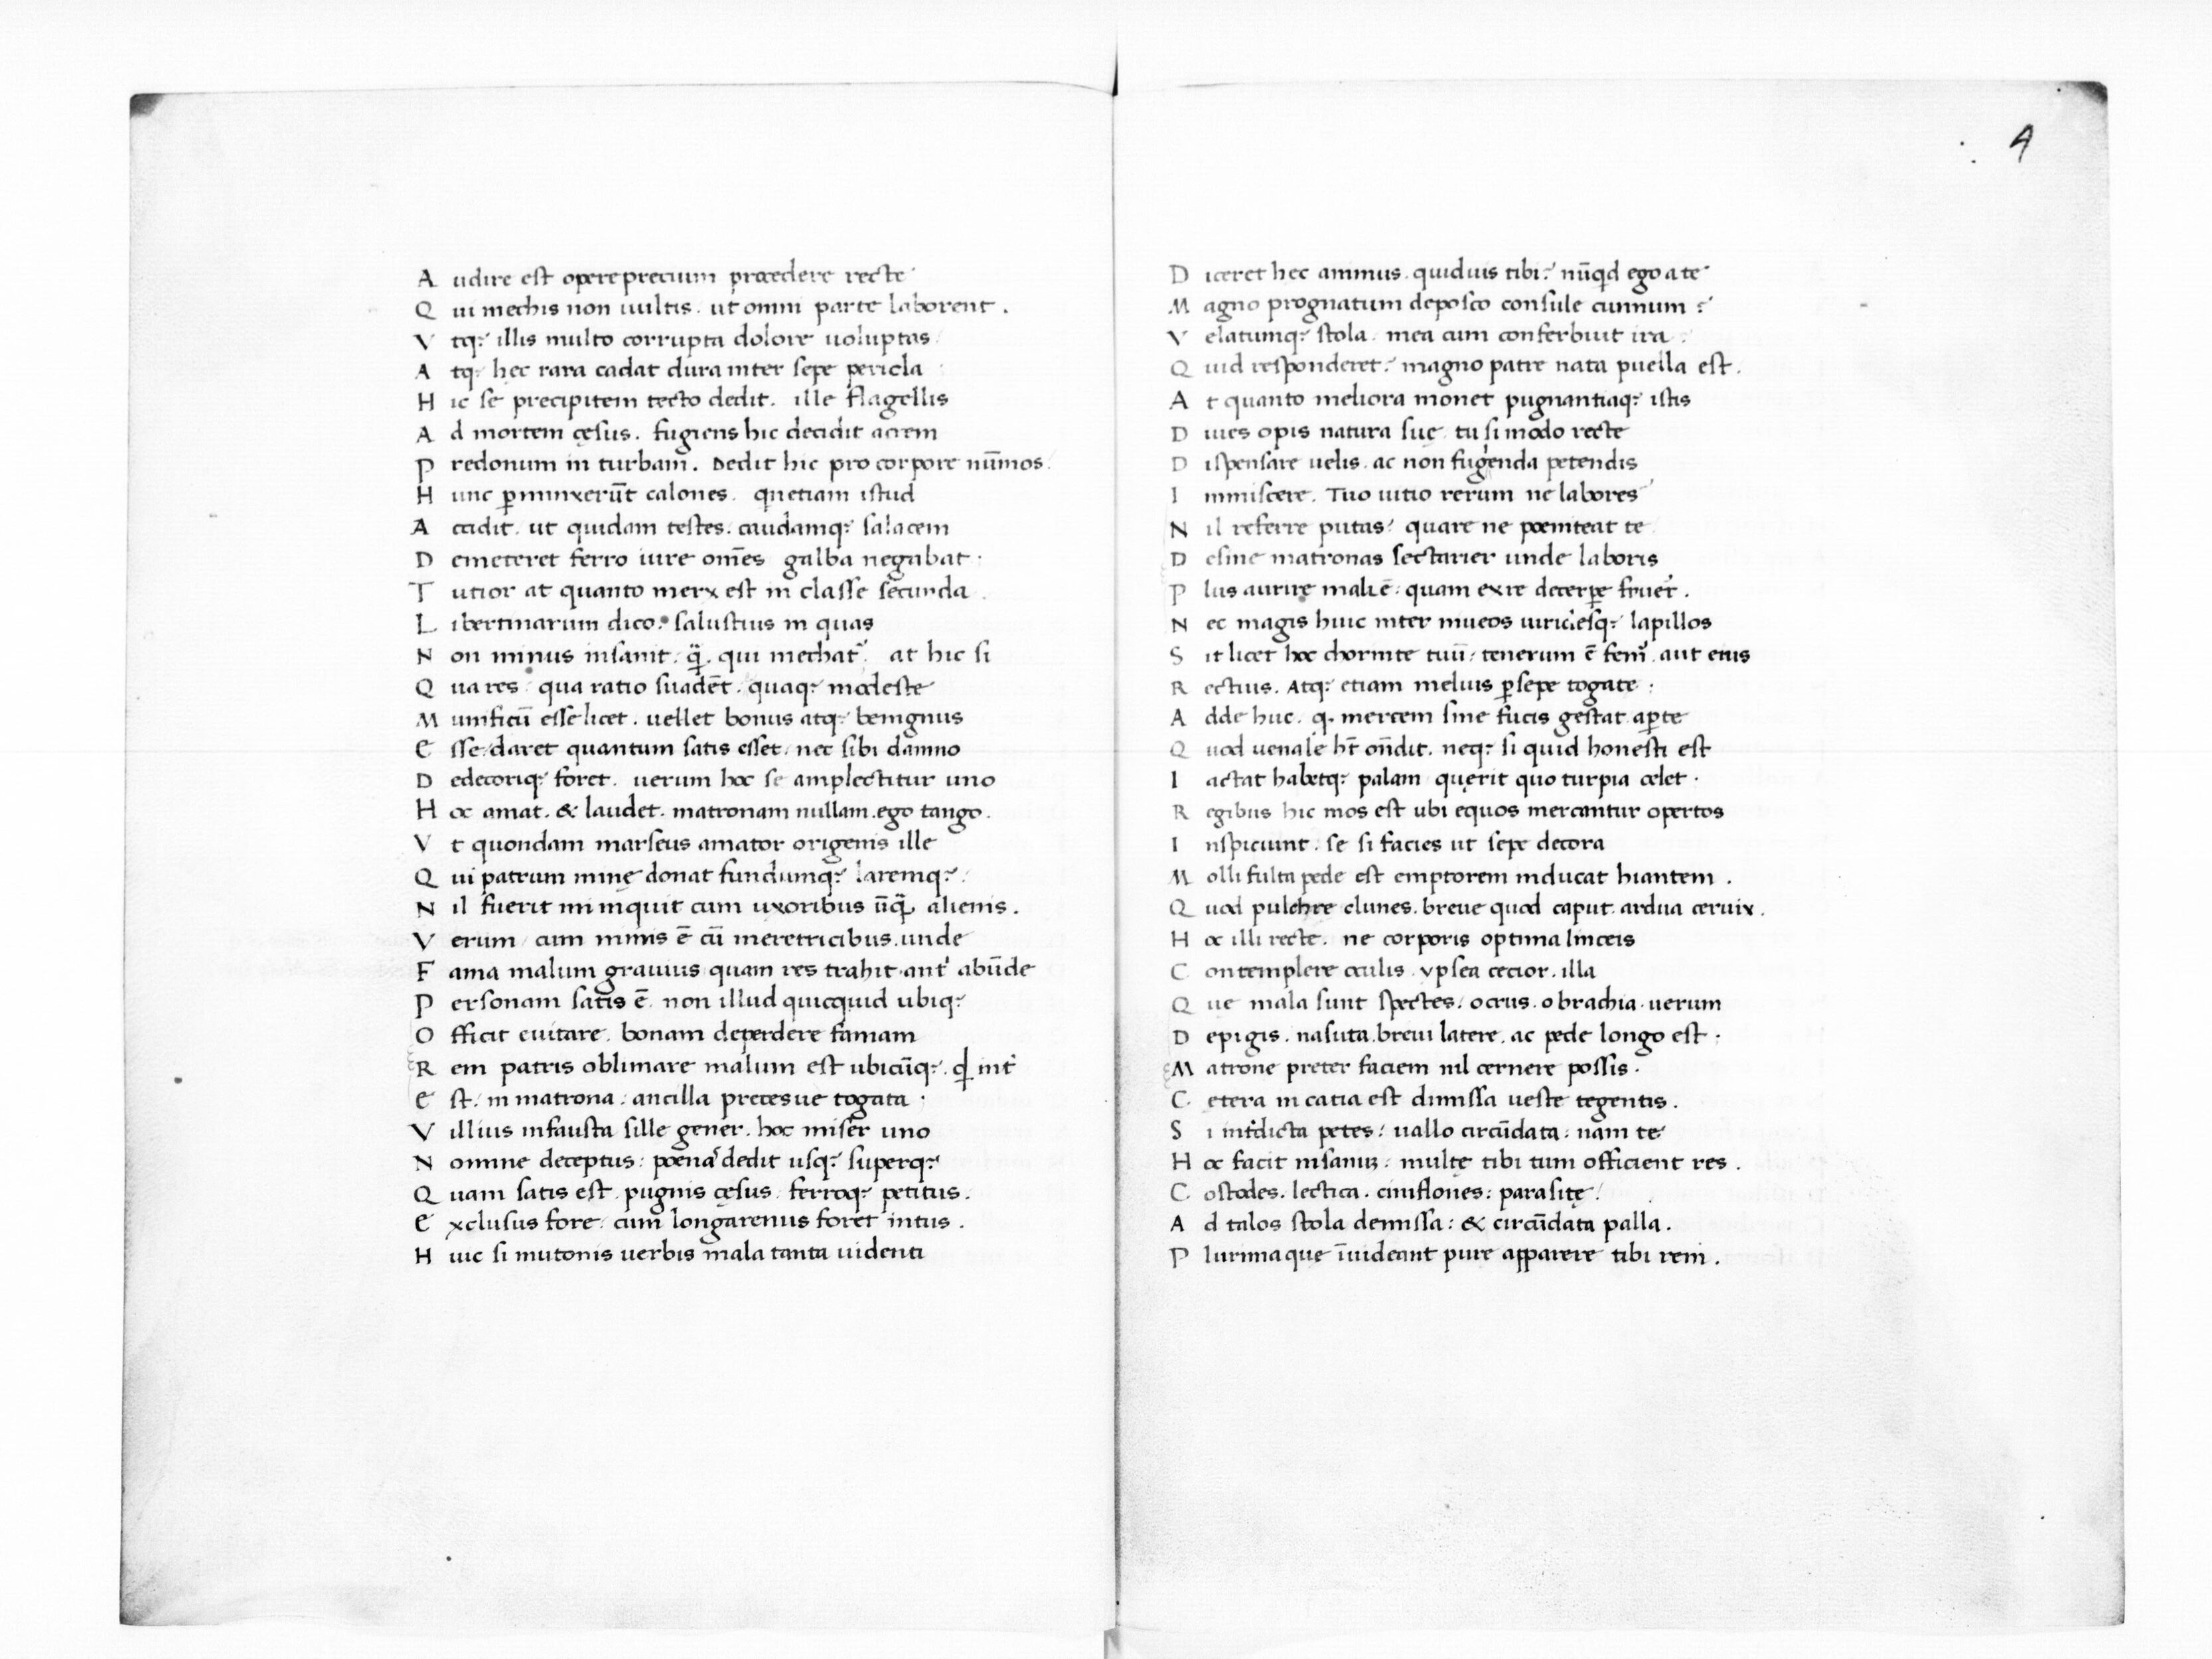
Shelfmark: Paris, BnF, Smith-Lesouëf 11
Century: 15